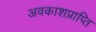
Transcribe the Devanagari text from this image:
अवकाशप्राप्ति